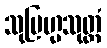
သုဗြဟ္မသုတ္တံ